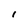
Character: I